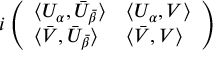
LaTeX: i \left( \begin{array} { l l } { { \langle U _ { \alpha } , \bar { U } _ { \bar { \beta } } \rangle } } & { { \langle U _ { \alpha } , V \rangle } } \\ { { \langle \bar { V } , \bar { U } _ { \bar { \beta } } \rangle } } & { { \langle \bar { V } , V \rangle } } \end{array} \right)